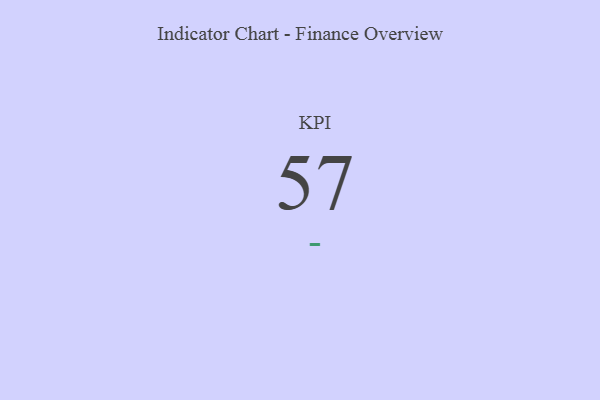
{"axis": {"x": "KPI", "y": "Value"}, "legend": [""], "data": [{"x": "KPI", "y": 57, "type": ""}]}